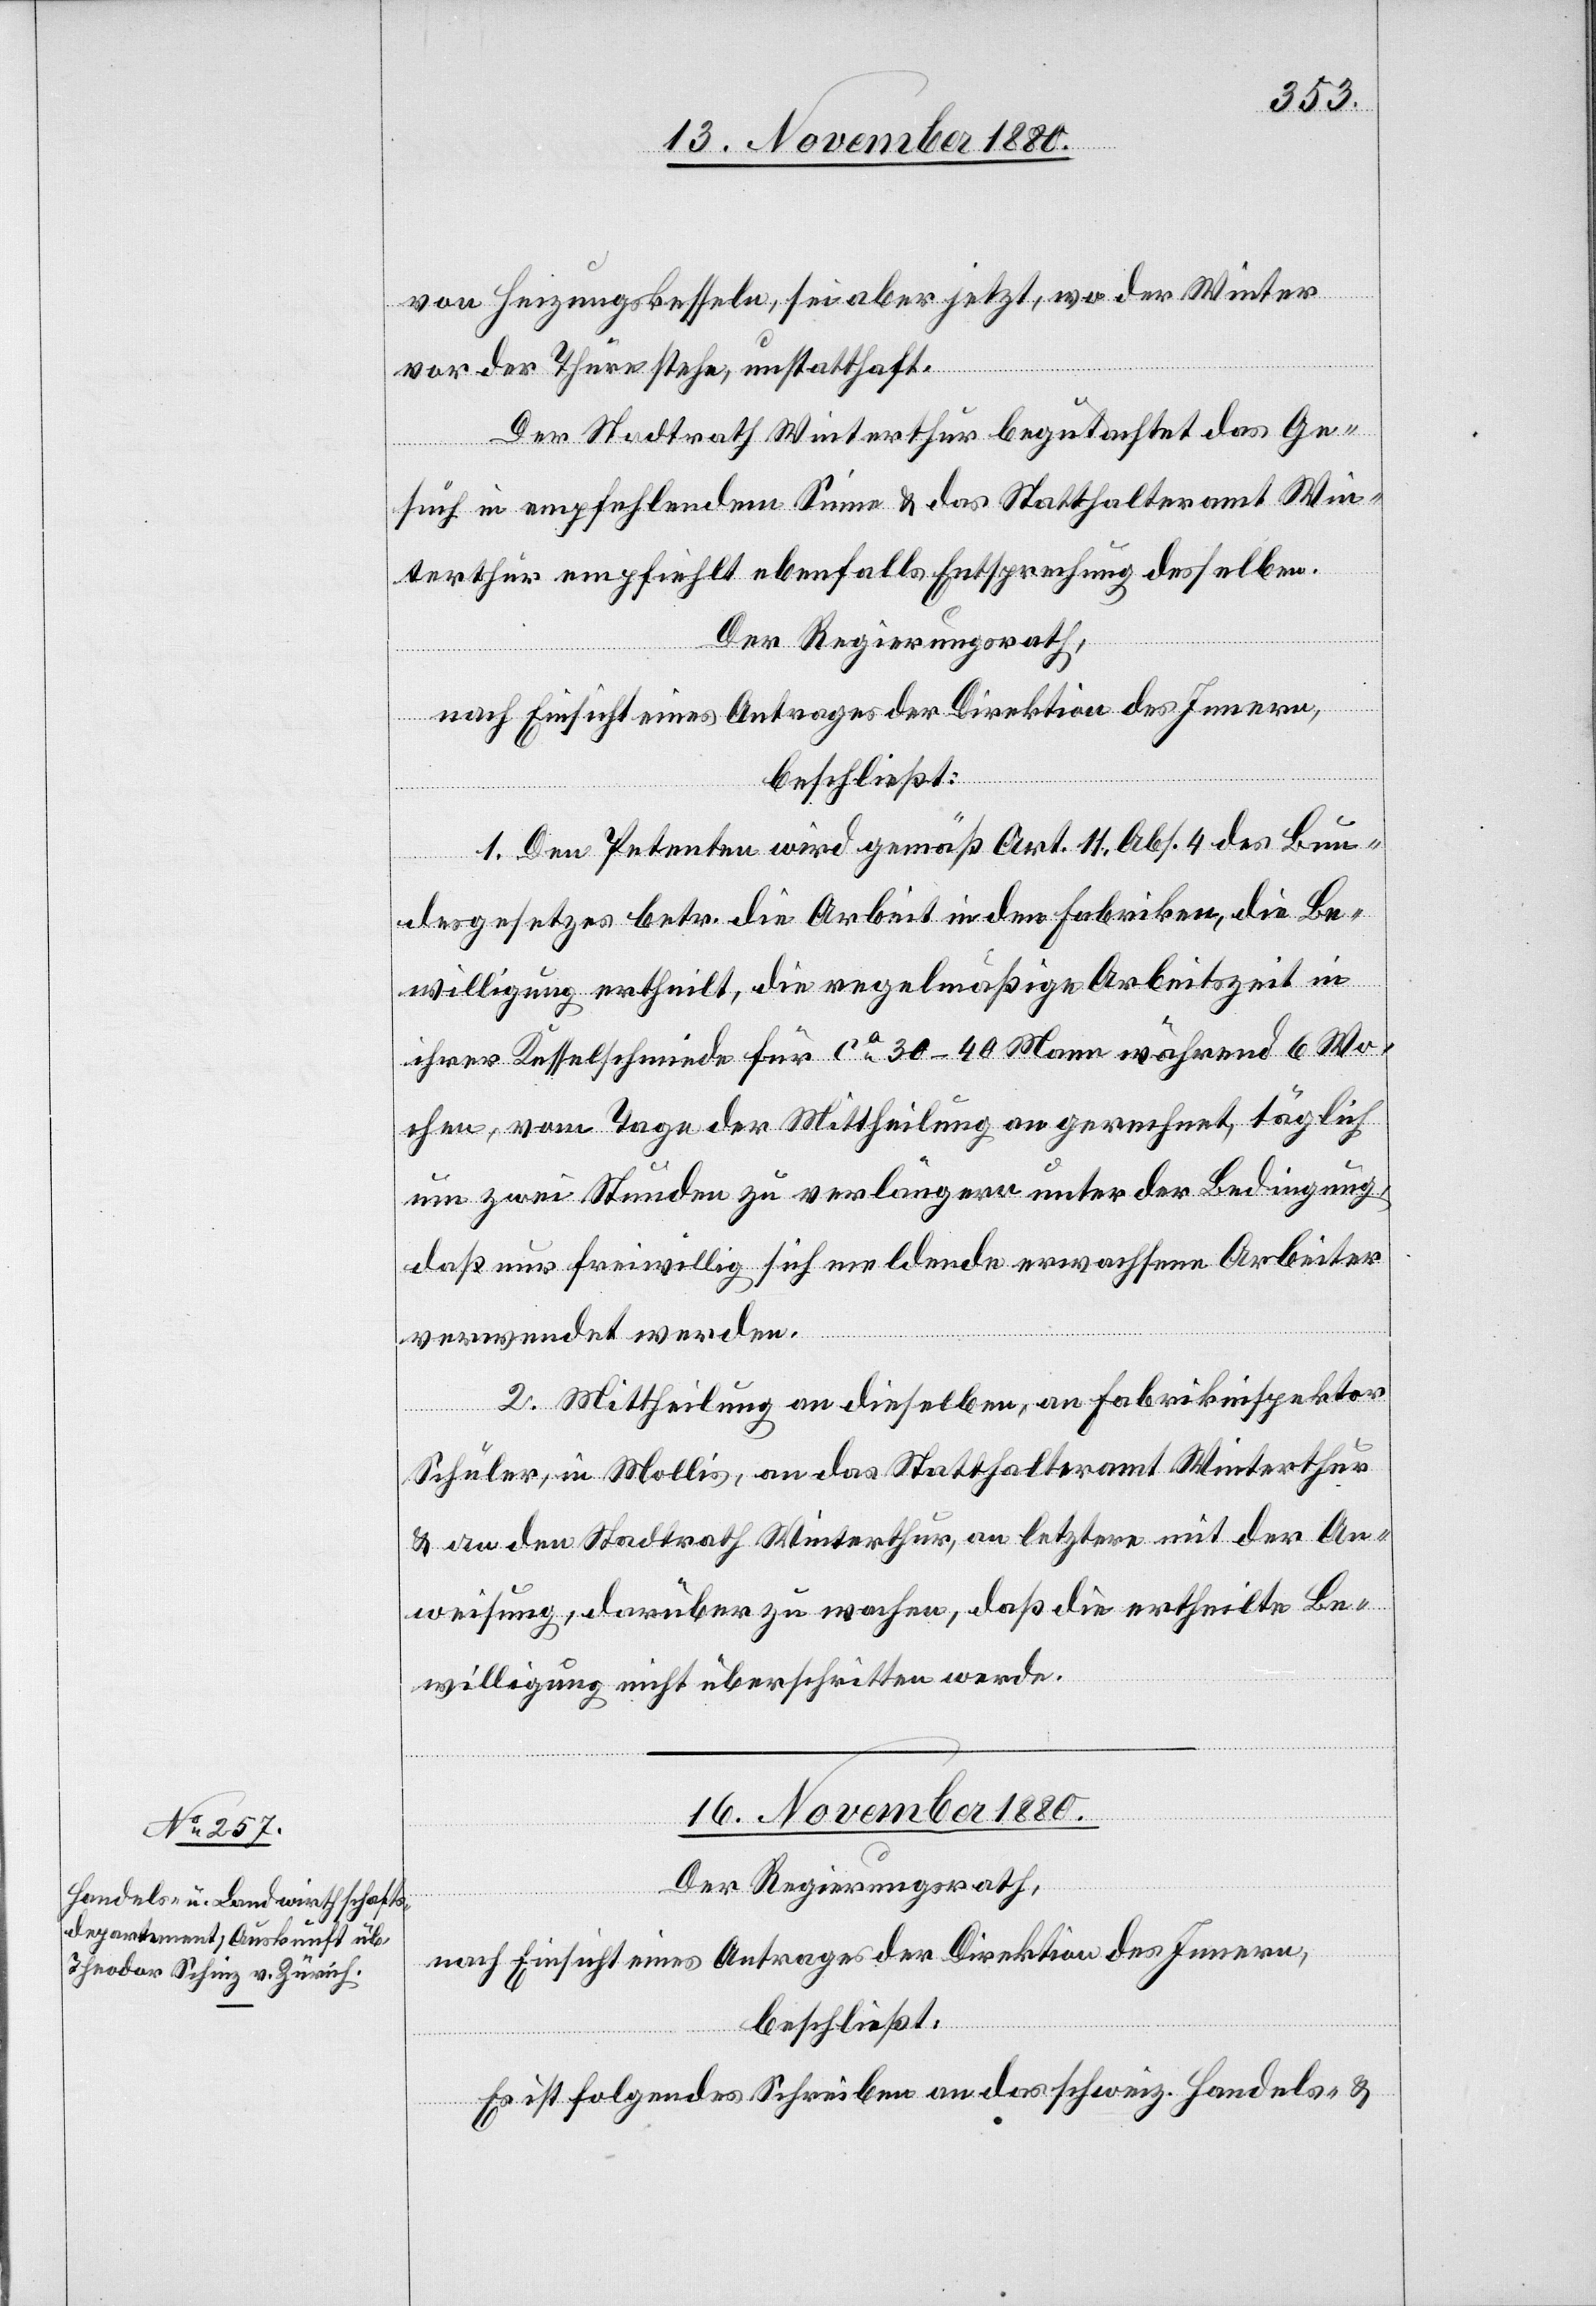
von Heizungskesseln, sei aber jetzt, wo der Winter
vor der Thüre stehe unstatthaft.
Der Stadtrath Winterthur begutachtet das Ge¬
such in empfehlendem Sinne & das Statthalteramt Win¬
terthur empfiehlt ebenfalls Entsprechung desselben.
Der Regierungsrath,
nach Einsicht eines Antrages der Direktion des Innern,
beschließt:
1. Den Petenten wird gemäß Art. 11 Abs. 4 des Bun¬
desgesetzes betr. die Arbeit in den Fabriken, die Be¬
willigung ertheilt, die regelmäßige Arbeitszeit in
ihrer Kesselschmiede für ca 30–40 Mann während 6 Wo¬
chen, vom Tage der Mittheilung an gerechnet, täglich
um zwei Stunden zu verlängern unter der Bedingung,
daß nur freiwillig sich meldende erwachsene Arbeiter
verwendet werden.
2. Mittheilung an dieselben, an Fabrikinspektor
Schuler, in Mollis, an das Statthalteramt Winterthur
& an den Stadtrath Winterthur, an letztern mit der An¬
weisung, darüber zu wachen, daß die ertheilte Be¬
willigung nicht überschritten werde.
16. November 1880.
Der Regierungsrath,
nach Einsicht eines Antrages der Direktion des Innern,
beschließt:
Es ist folgendes Schreiben an das schweiz. Handels- &